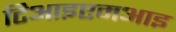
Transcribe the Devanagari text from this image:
टिआइएमआइ